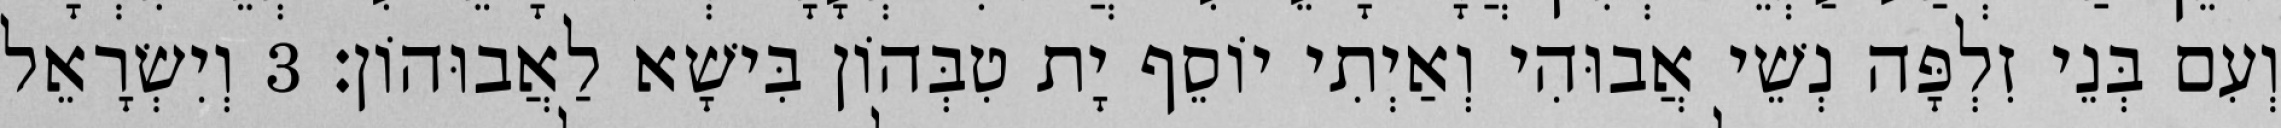
וְעִם בְּנֵי זִלְפָּה נְשֵׁי אֲבוּהִי וְאַיְתִי יוֹסֵף יָת טִבְּהוֹן בִּישָׁא לַאֲבוּהוֹן׃ 3 וְיִשְׂרָאֵל